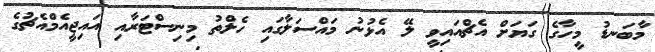
މާބަނޑު މީހާގެ ގަޔަށް އެޗްއައިވީ ލޭ އެޅުނު މައްސަލާގައި ހެލްތު މިނިސްޓަރާއި އައިޖީއެމްއެޗުގެ